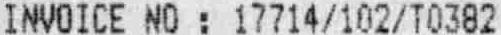
INVOICE NO : 17714/102/T0382